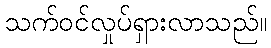
သက်ဝင်လှုပ်ရှားလာသည်။